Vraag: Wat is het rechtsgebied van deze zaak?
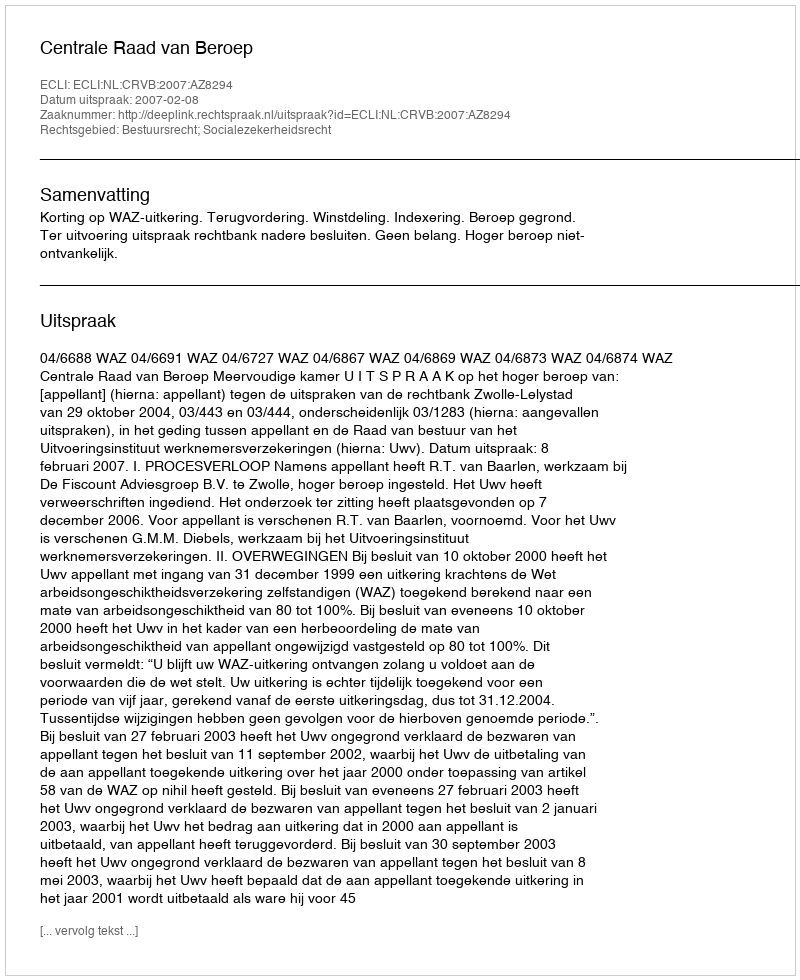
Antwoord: Bestuursrecht; Socialezekerheidsrecht